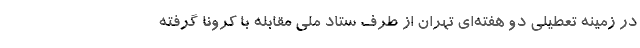
در زمینه تعطیلی دو هفته‌ای تهران از طرف ستاد ملی مقابله با کرونا گرفته